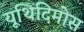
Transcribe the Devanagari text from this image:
यूथिदिमोस